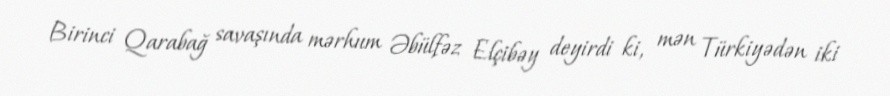
Birinci Qarabağ savaşında mərhum Əbülfəz Elçibəy deyirdi ki, mən Türkiyədən iki